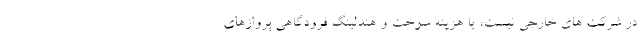
در شرکت های خارجی نیست، یا هزینه سوخت و هندلینگ فرودگاهی پروازهای